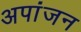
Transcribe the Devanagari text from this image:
अपांजन